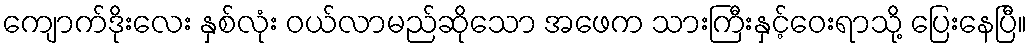
ကျောက်ဒိုးလေး နှစ်လုံး ဝယ်လာမည်ဆိုသော အဖေက သားကြီးနှင့်ဝေးရာသို့ ပြေးနေပြီ။